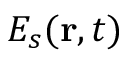
E _ { s } ( \mathbf { r } , t )